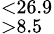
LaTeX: ^{<26.9}_{>8.5}